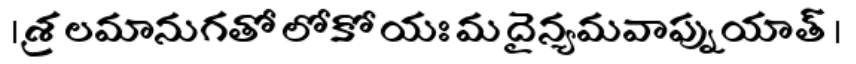
। శ్రలమానుగతో లోకో యః మ దైన్యమవాప్నుయాత్ ।